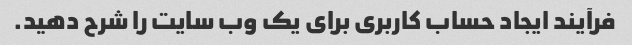
فرآیند ایجاد حساب کاربری برای یک وب سایت را شرح دهید.